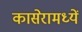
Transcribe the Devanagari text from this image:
कासेरामध्यें